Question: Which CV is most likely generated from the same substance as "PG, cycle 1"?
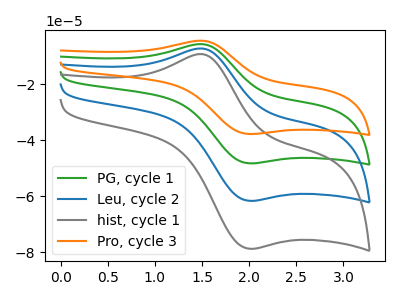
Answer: <think>The green curve "PG, cycle 1" has an anodic peak at (1.50V, -14.35uA) and a cathodic peak at (2.00V, -123.15uA). The blue curve "Leu, cycle 2" has an anodic peak at (1.50V, -7.20uA) and a cathodic peak at (2.00V, -61.60uA). The gray curve "hist, cycle 1" has an anodic peak at (1.50V, -9.15uA) and a cathodic peak at (2.00V, -78.70uA). The orange curve "Pro, cycle 3" has an anodic peak at (1.50V, -21.55uA) and a cathodic peak at (2.00V, -184.75uA).
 All the peaks in "PG, cycle 1" have a peak in "Leu, cycle 2" at the same potential. All the peaks in "PG, cycle 1" have a peak in "hist, cycle 1" at the same potential. All the peaks in "PG, cycle 1" have a peak in "Pro, cycle 3" at the same potential. All the peaks in "Leu, cycle 2" have a peak in "hist, cycle 1" at the same potential. All the peaks in "Leu, cycle 2" have a peak in "Pro, cycle 3" at the same potential. All the peaks in "hist, cycle 1" have a peak in "Pro, cycle 3" at the same potential.</think>
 <answer>"PG, cycle 1", "Leu, cycle 2" and "Pro, cycle 3" have a similar shape to "hist, cycle 1".</answer>
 <eval>"PG, cycle 1" "Leu, cycle 2" "Pro, cycle 3"</eval>